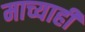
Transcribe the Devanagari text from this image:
माच्याही